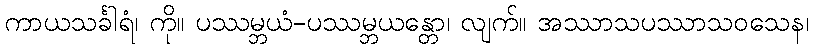
ကာယသင်္ခါရံ၊ ကို။ ပဿမ္ဘယံ-ပဿမ္ဘယန္တော၊ လျက်။ အဿာသပဿာသဝသေန၊